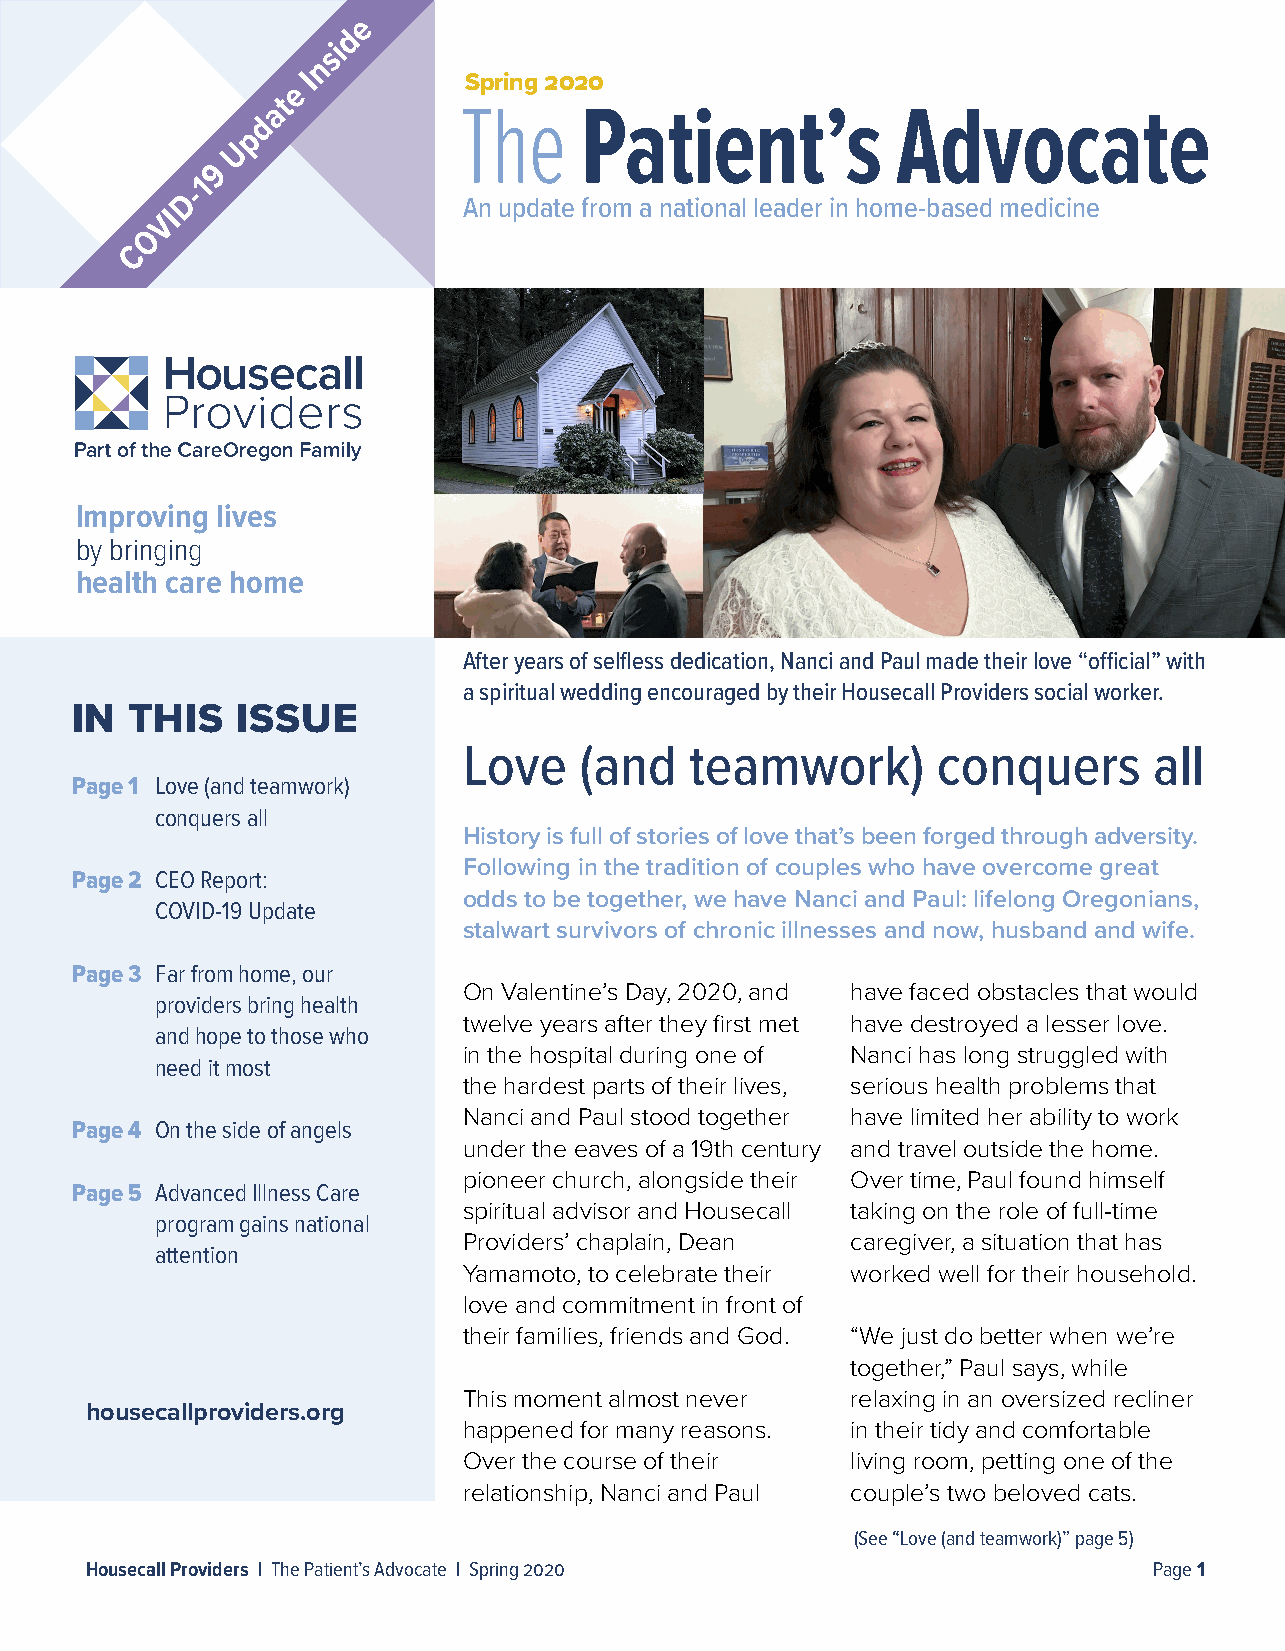
e
 d
 si
 n
 e I         Spring 2020
 t
 a           The     Patient’s            Advocate
 d
 p
 U
 9
 1
 -
 D
 An update from a national leader in home-based medicine
 I
 V
 O
 C
 Improving lives
 by bringing
 health care home
 After years of selfless dedication, Nanci and Paul made their love “official” with
 a spiritual wedding encouraged by their Housecall Providers social worker.
 IN THIS    ISSUE
 Love   (and    teamwork)       conquers      all
 Page 1 Love (and teamwork)
 conquers all
 History is full of stories of love that’s been forged through adversity.
 Following in the tradition of couples who have overcome great
 Page 2 CEO Report:
 odds to be together, we have Nanci and Paul: lifelong Oregonians,
 COVID-19 Update
 stalwart survivors of chronic illnesses and now, husband and wife.
 Page 3 Far from home, our
 On Valentine’s Day, 2020, and have faced obstacles that would
 providers bring health
 twelve years after they first met have destroyed a lesser love.
 and hope to those who
 in the hospital during one of Nanci has long struggled with
 need it most
 the hardest parts of their lives, serious health problems that
 Nanci and Paul stood together have limited her ability to work
 Page 4 On the side of angels
 under the eaves of a 19th century and travel outside the home.
 pioneer church, alongside their Over time, Paul found himself
 Page 5 Advanced Illness Care
 spiritual advisor and Housecall taking on the role of full-time
 program gains national
 Providers’ chaplain, Dean caregiver, a situation that has
 attention
 Yamamoto, to celebrate their worked well for their household.
 love and commitment in front of
 their families, friends and God. “We just do better when we’re
 together,” Paul says, while
 This moment almost never relaxing in an oversized recliner
 housecallproviders.org
 happened for many reasons. in their tidy and comfortable
 Over the course of their living room, petting one of the
 relationship, Nanci and Paul couple’s two beloved cats.
 (See “Love (and teamwork)” page 5)
 Housecall Providers | The Patient’s Advocate | Spring 2020            Page 1